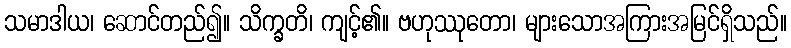
သမာဒါယ၊ ဆောင်တည်၍။ သိက္ခတိ၊ ကျင့်၏။ ဗဟုဿုတော၊ များသောအကြားအမြင်ရှိသည်။